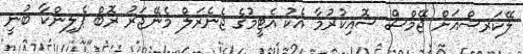
ލޭކަރސްއަށް ޖޭމްސް ސޮއިކުރުމާ އެކު އެޓީމުގެ ޖެނެރަލް މެނޭޖަރު ރޮބް ޕެލިންކާ ބުނީ